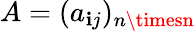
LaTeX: A=(a_{\mathbf{i}j})_{n\timesn}